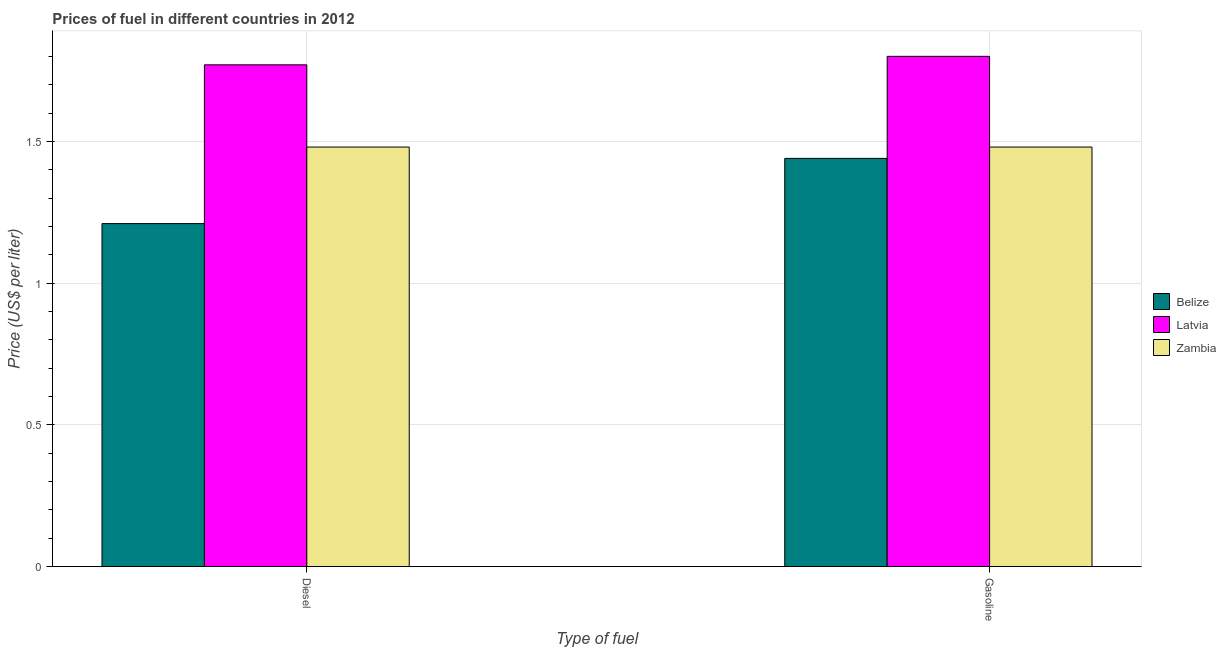
| Type of fuel | Belize | Latvia | Zambia |
 | --- | --- | --- | --- |
 | Diesel | 1.21 | 1.77 | 1.48 |
 | Gasoline | 1.44 | 1.8 | 1.48 |